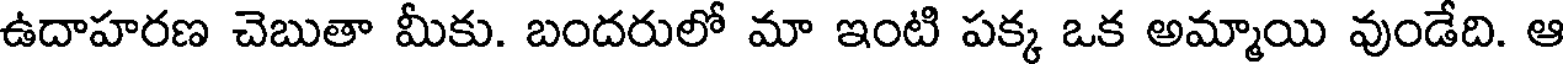
ఉదాహరణ చెబుతా మీకు. బందరులో మా ఇంటి పక్క ఒక అమ్మాయి వుండేది. ఆ